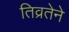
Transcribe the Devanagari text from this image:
तिव्रतेने